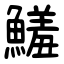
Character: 鱃